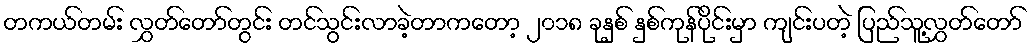
တကယ်တမ်း လွှတ်တော်တွင်း တင်သွင်းလာခဲ့တာကတော့ ၂၀၁၈ ခုနှစ် နှစ်ကုန်ပိုင်းမှာ ကျင်းပတဲ့ ပြည်သူ့လွှတ်တော်